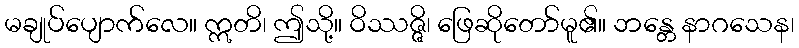
မချုပ်ပျောက်လေ။ ဣတိ၊ ဤသို့။ ဝိဿဇ္ဇိ၊ ဖြေဆိုတော်မူ၏။ ဘန္တေ နာဂသေန၊